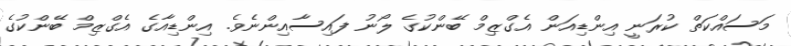
މަސައްކަތް ކުރަނީ އިންޑިއަން އެގްޒިމް ބޭންކުގެ ލޯނު ފައިސާއިންނެވެ. އިންޑިއާގެ އެގްޒިމް ބޭންކުގެ